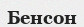
Бенсон